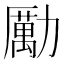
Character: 勵